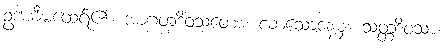
ဥဒါယီမထေရ်၏။ အာဂတဒိဝသတော၊ လာသောနေ့မှ။ သတ္တဒိဝသာ၊